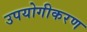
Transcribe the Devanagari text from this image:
उपयोगीकरण